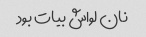
نان لواش بیات بود